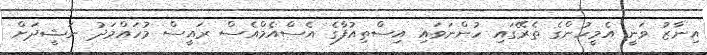
އިނާޒު ވަނީ އެމީހުންގެ ތެރޭގައި ހުންނަވައި އިސްތިއުފާގެ އެސްއެމްއެސް ރައީސް މުހައްމަދު ނަޝީދަށް